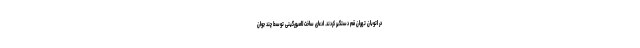
در اتوبان تهران قم دستگیر کردند. ادعای ساخت لامبورگینی توسط چند جوان